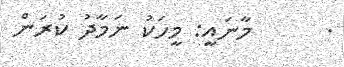
.      މާނައީ: މީހަކު ނަމާދު ކުރަން